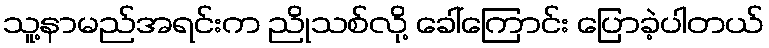
သူ့နာမည်အရင်းက ညိုသစ်လို့ ခေါ်ကြောင်း ပြောခဲ့ပါတယ်